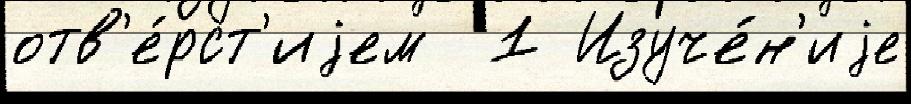
отв'е́рст'иjем  1 Изуче́н'иjе